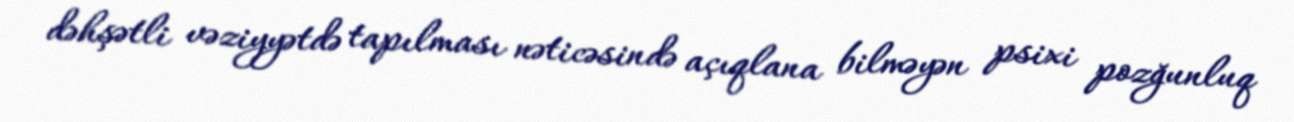
dəhşətli vəziyyətdə tapılması nəticəsində açıqlana bilməyən psixi pozğunluq